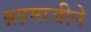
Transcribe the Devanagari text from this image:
ब्रहमाजीने